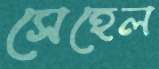
সেহেল